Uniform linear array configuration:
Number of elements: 16
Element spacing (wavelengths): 0.5
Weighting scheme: hamming
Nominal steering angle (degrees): -15
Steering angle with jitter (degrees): -16.434
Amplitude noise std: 0.05
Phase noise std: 0.05

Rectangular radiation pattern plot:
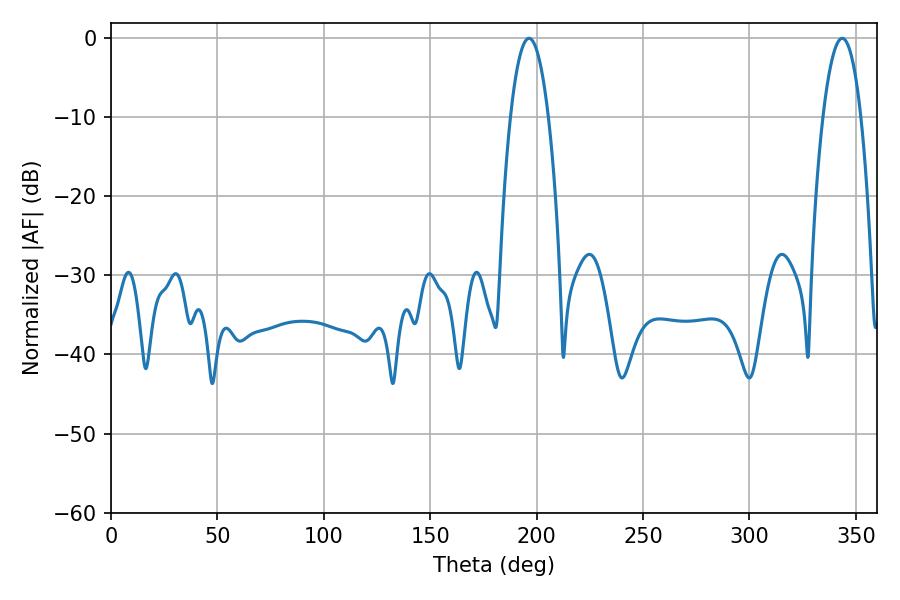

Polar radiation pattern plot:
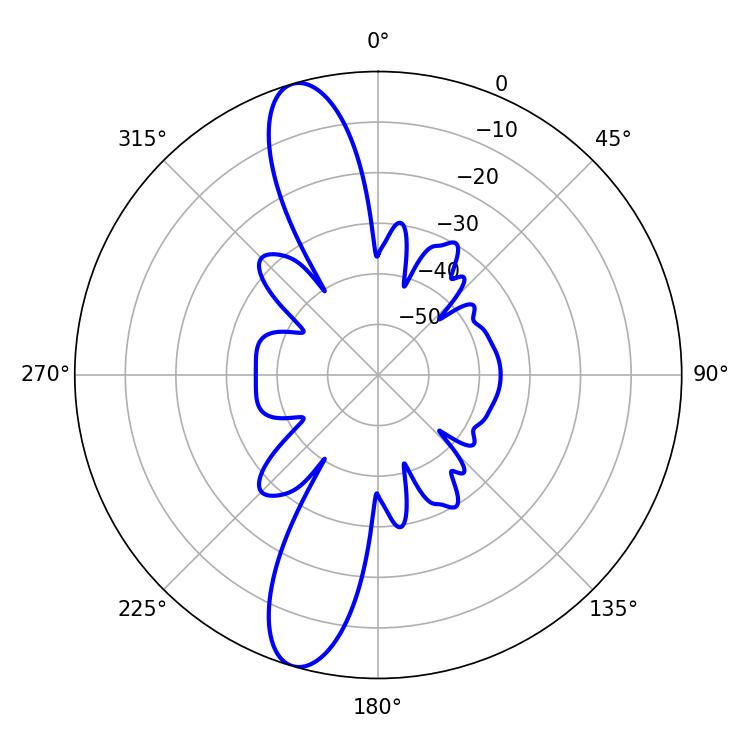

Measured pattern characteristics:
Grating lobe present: FALSE
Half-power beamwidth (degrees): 9.9
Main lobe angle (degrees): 196.38